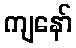
ကျနော်